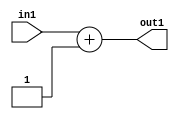
`timescale 1ps / 1ps
/*****************************************************************************
    Verilog RTL Description
    
    
    Created by: Stratus DpOpt 2019.1.01 
*******************************************************************************/

module SobelFilter_Add2i1u2_4 (
	in1,
	out1
	); /* architecture "behavioural" */ 
input [1:0] in1;
output [1:0] out1;
wire [1:0] asc001;

assign asc001 = 
	+(in1)
	+(2'B01);

assign out1 = asc001;
endmodule

/* CADENCE  urb4Tg4= : u9/ySgnWtBlWxVPRXgAZ4Og= ** DO NOT EDIT THIS LINE ******/